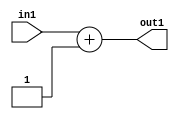
`timescale 1ps / 1ps
/*****************************************************************************
    Verilog RTL Description
    
    
    Created by: Stratus DpOpt 2019.1.01 
*******************************************************************************/

module SobelFilter_Add2i1u2_4 (
	in1,
	out1
	); /* architecture "behavioural" */ 
input [1:0] in1;
output [1:0] out1;
wire [1:0] asc001;

assign asc001 = 
	+(in1)
	+(2'B01);

assign out1 = asc001;
endmodule

/* CADENCE  urb4Tg4= : u9/ySgnWtBlWxVPRXgAZ4Og= ** DO NOT EDIT THIS LINE ******/